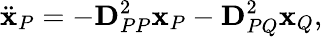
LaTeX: \ddot{\mathbf{x}}_{P}=-\mathbf{D}_{PP}^{2}\mathbf{x}_{P}-\mathbf{D}_{PQ}^{2}\mathbf{x}_{Q},